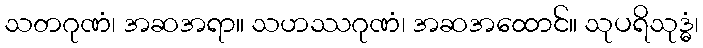
သတဂုဏံ၊ အဆအရာ။ သဟဿဂုဏံ၊ အဆအထောင်။ သုပရိသုဒ္ဓံ၊